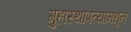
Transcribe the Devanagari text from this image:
गुहास्थापत्यामधून